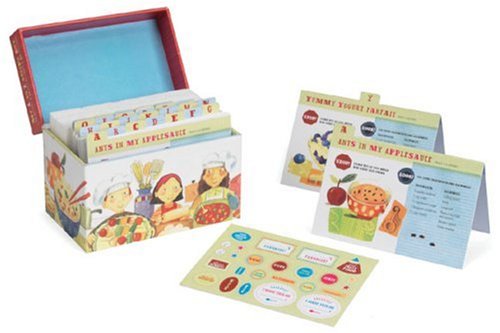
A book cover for My A to Z Recipe Box: An Alphabet of Recipes for Kids; Hilary Karmilowicz; Children's Books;